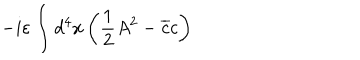
- i \varepsilon \int d ^ { 4 } x \left( \frac { 1 } { 2 } A ^ { 2 } - \overline { { { c } } } c \right)